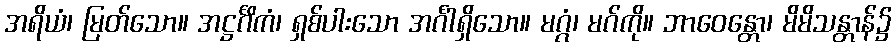
အရိယံ၊ မြတ်သော။ အဋ္ဌင်္ဂိကံ၊ ရှစ်ပါးသော အင်္ဂါရှိသော။ မဂ္ဂံ၊ မဂ်ကို။ ဘာဝေန္တော၊ မိမိသန္တာန်၌